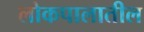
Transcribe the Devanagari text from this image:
लोकपालातील